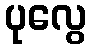
ပုလွေ